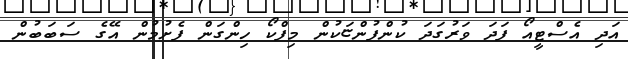
އަދި އެސްޓީއޯ ފަދަ ވަރުގަދަ ކުންފުންޏަކުން މިފްކޯ ހިންގަން ފެށުމުން އޭގެ ސަބަބުން